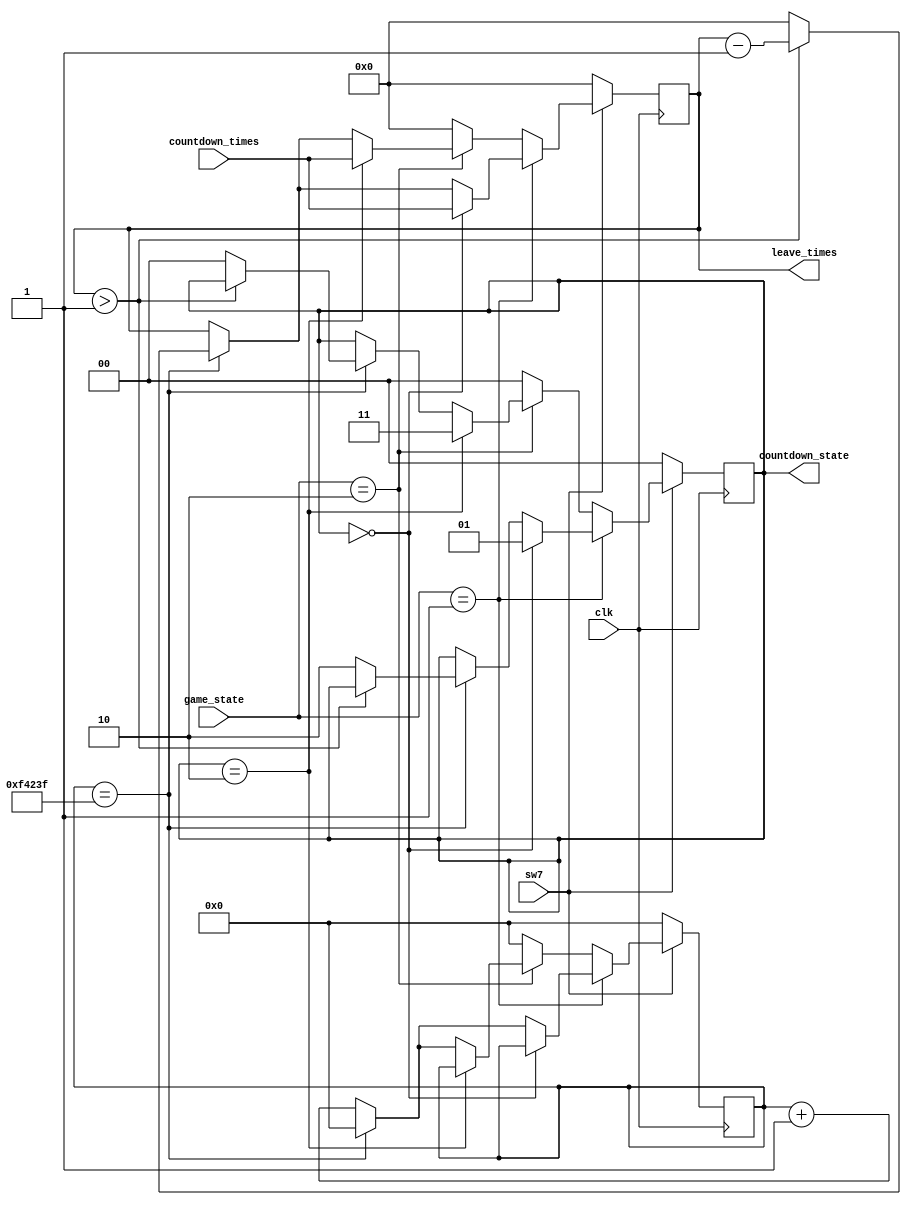
module countdown(clk,countdown_times,leave_times,sw7,game_state,countdown_state);
    input clk,sw7;
    input [1:0] game_state;
    input [4:0] countdown_times;
    output reg [4:0] leave_times;
    output reg [1:0] countdown_state;

    reg [19:0] second;          //1s

    always @(posedge clk) begin
        if (!sw7) begin
            //
            leave_times<=0;
            countdown_state<=0;
            second<=0;
        end
        else begin

            //5s
            if (game_state==1) begin
                if (countdown_state==0) begin
                    leave_times<=countdown_times;
                    countdown_state<=1;
                end
                else begin
                    if (second==999999) begin
                        if (leave_times>1) begin
                            leave_times<=leave_times-1;
                            second<=0;
                        end
                        else begin
                            countdown_state<=2;
                            leave_times<=0;
                            second<=0;
                        end
                    end
                    else begin
                        second<=second+1;
                    end
                end
            end

            //
            else if (game_state==2) begin
                if(countdown_state==2) begin
                    leave_times<=countdown_times;
                    countdown_state<=3;
                end

                else begin
                    if (second==999999) begin
                        if (leave_times>1) begin
                            leave_times<=leave_times-1;
                            second<=0;
                        end
                        else begin
                            countdown_state<=0;
                            leave_times<=0;
                            second<=0;
                        end
                    end
                    else begin
                        second<=second+1;
                    end
                end
            end

            //
            else begin
                leave_times<=0;
                countdown_state<=0;
                second<=0;
            end
        end
    end
endmodule